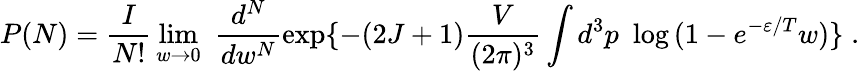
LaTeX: P(N)=\frac{I}{N!}\, \operatorname*{lim}_{w\rightarrow 0}\, \, \frac{d^{N}}{dw^{N}}\exp\{ -(2J+1)\frac{V}{(2\pi)^{3}}\int d^{3}p\, \, \log\, (1-e^{-\varepsilon/T}w)\} \; .